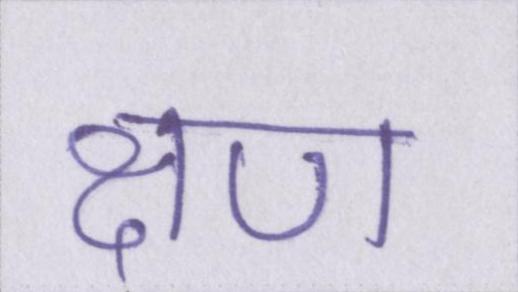
क्षण